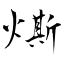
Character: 燍